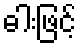
ဓါးဖြင့်